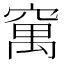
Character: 𥧆